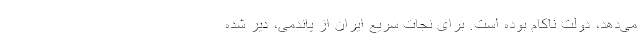
می‌دهد، دولت ناکام بوده است. برای نجات سریع ایران از پاندمی، دیر شده